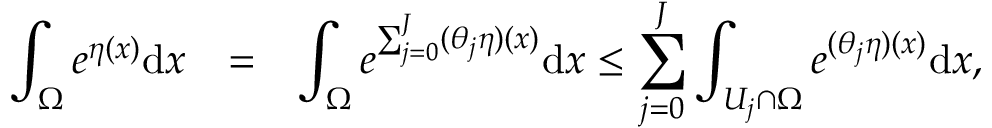
\begin{array} { r c l } { \displaystyle \int _ { \Omega } e ^ { \eta ( { \boldsymbol x } ) } \mathrm { d } { \boldsymbol x } } & { = } & { \displaystyle \int _ { \Omega } e ^ { \sum _ { j = 0 } ^ { J } ( \theta _ { j } \eta ) ( { \boldsymbol x } ) } \mathrm { d } { \boldsymbol x } \le \sum _ { j = 0 } ^ { J } \int _ { U _ { j } \cap \Omega } e ^ { ( \theta _ { j } \eta ) ( { \boldsymbol x } ) } \mathrm { d } { \boldsymbol x } , } \end{array}